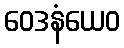
ဝေဒနံယေဝ